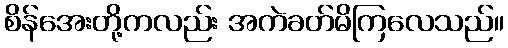
စိန်အေးတို့ကလည်း အကဲခတ်မိကြလေသည်။